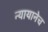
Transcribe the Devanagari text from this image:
न्यायानेच